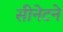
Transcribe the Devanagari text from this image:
सीनेटने